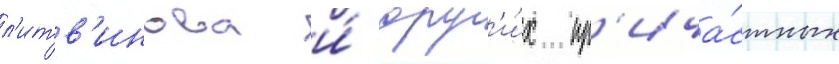
л'итв'инова и́ друг'и́х пр'ича́стных